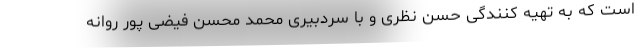
است که به تهیه کنندگی حسن نظری و با سردبیری محمد محسن فیضی پور روانه